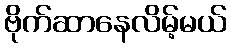
ဗိုက်ဆာနေလိမ့်မယ်